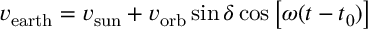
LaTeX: v _ { \mathrm { e a r t h } } = v _ { \mathrm { s u n } } + v _ { \mathrm { o r b } } \sin \delta \cos \left[ \omega ( t - t _ { 0 } ) \right]